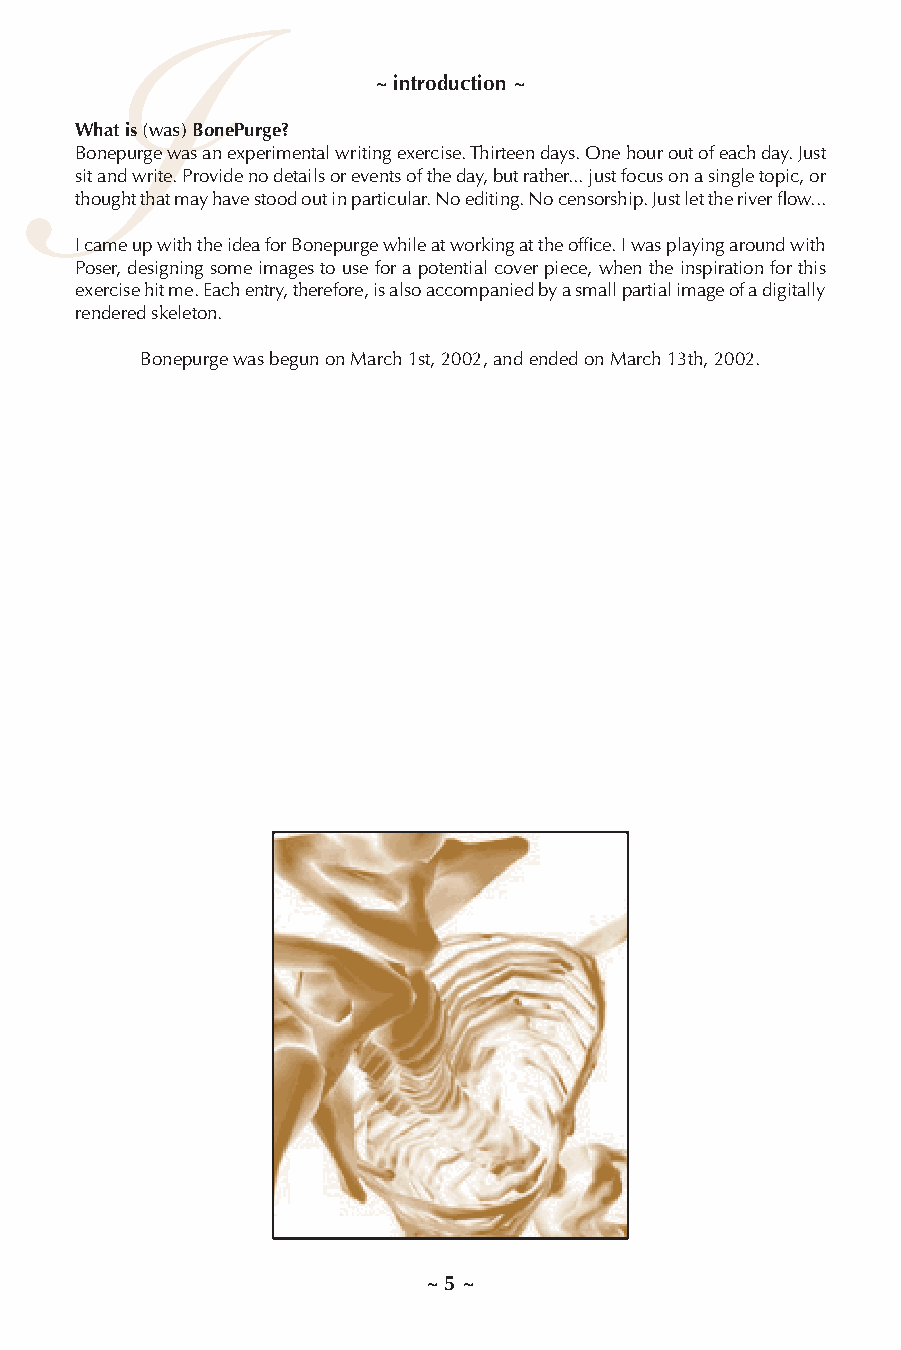
I
 ~ introduction ~
 What is (was) BonePurge?
 Bonepurge was an experimental writing exercise. Thirteen days. One hour out of each day. Just
 sit and write. Provide no details or events of the day, but rather... just focus on a single topic, or
 thought that may have stood out in particular. No editing. No censorship. Just let the river flow...
 I came up with the idea for Bonepurge while at working at the office. I was playing around with
 Poser, designing some images to use for a potential cover piece, when the inspiration for this
 exercise hit me. Each entry, therefore, is also accompanied by a small partial image of a digitally
 rendered skeleton.
 Bonepurge was begun on March 1st, 2002, and ended on March 13th, 2002.
 ~ 5 ~